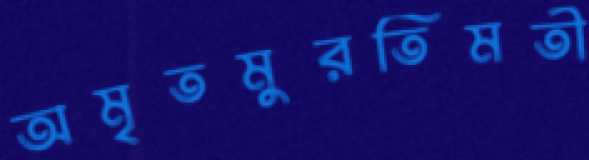
অমৃতমুরতিমতী